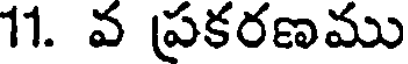
11. వ ప్రకరణము